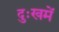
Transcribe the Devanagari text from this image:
दुःखमें